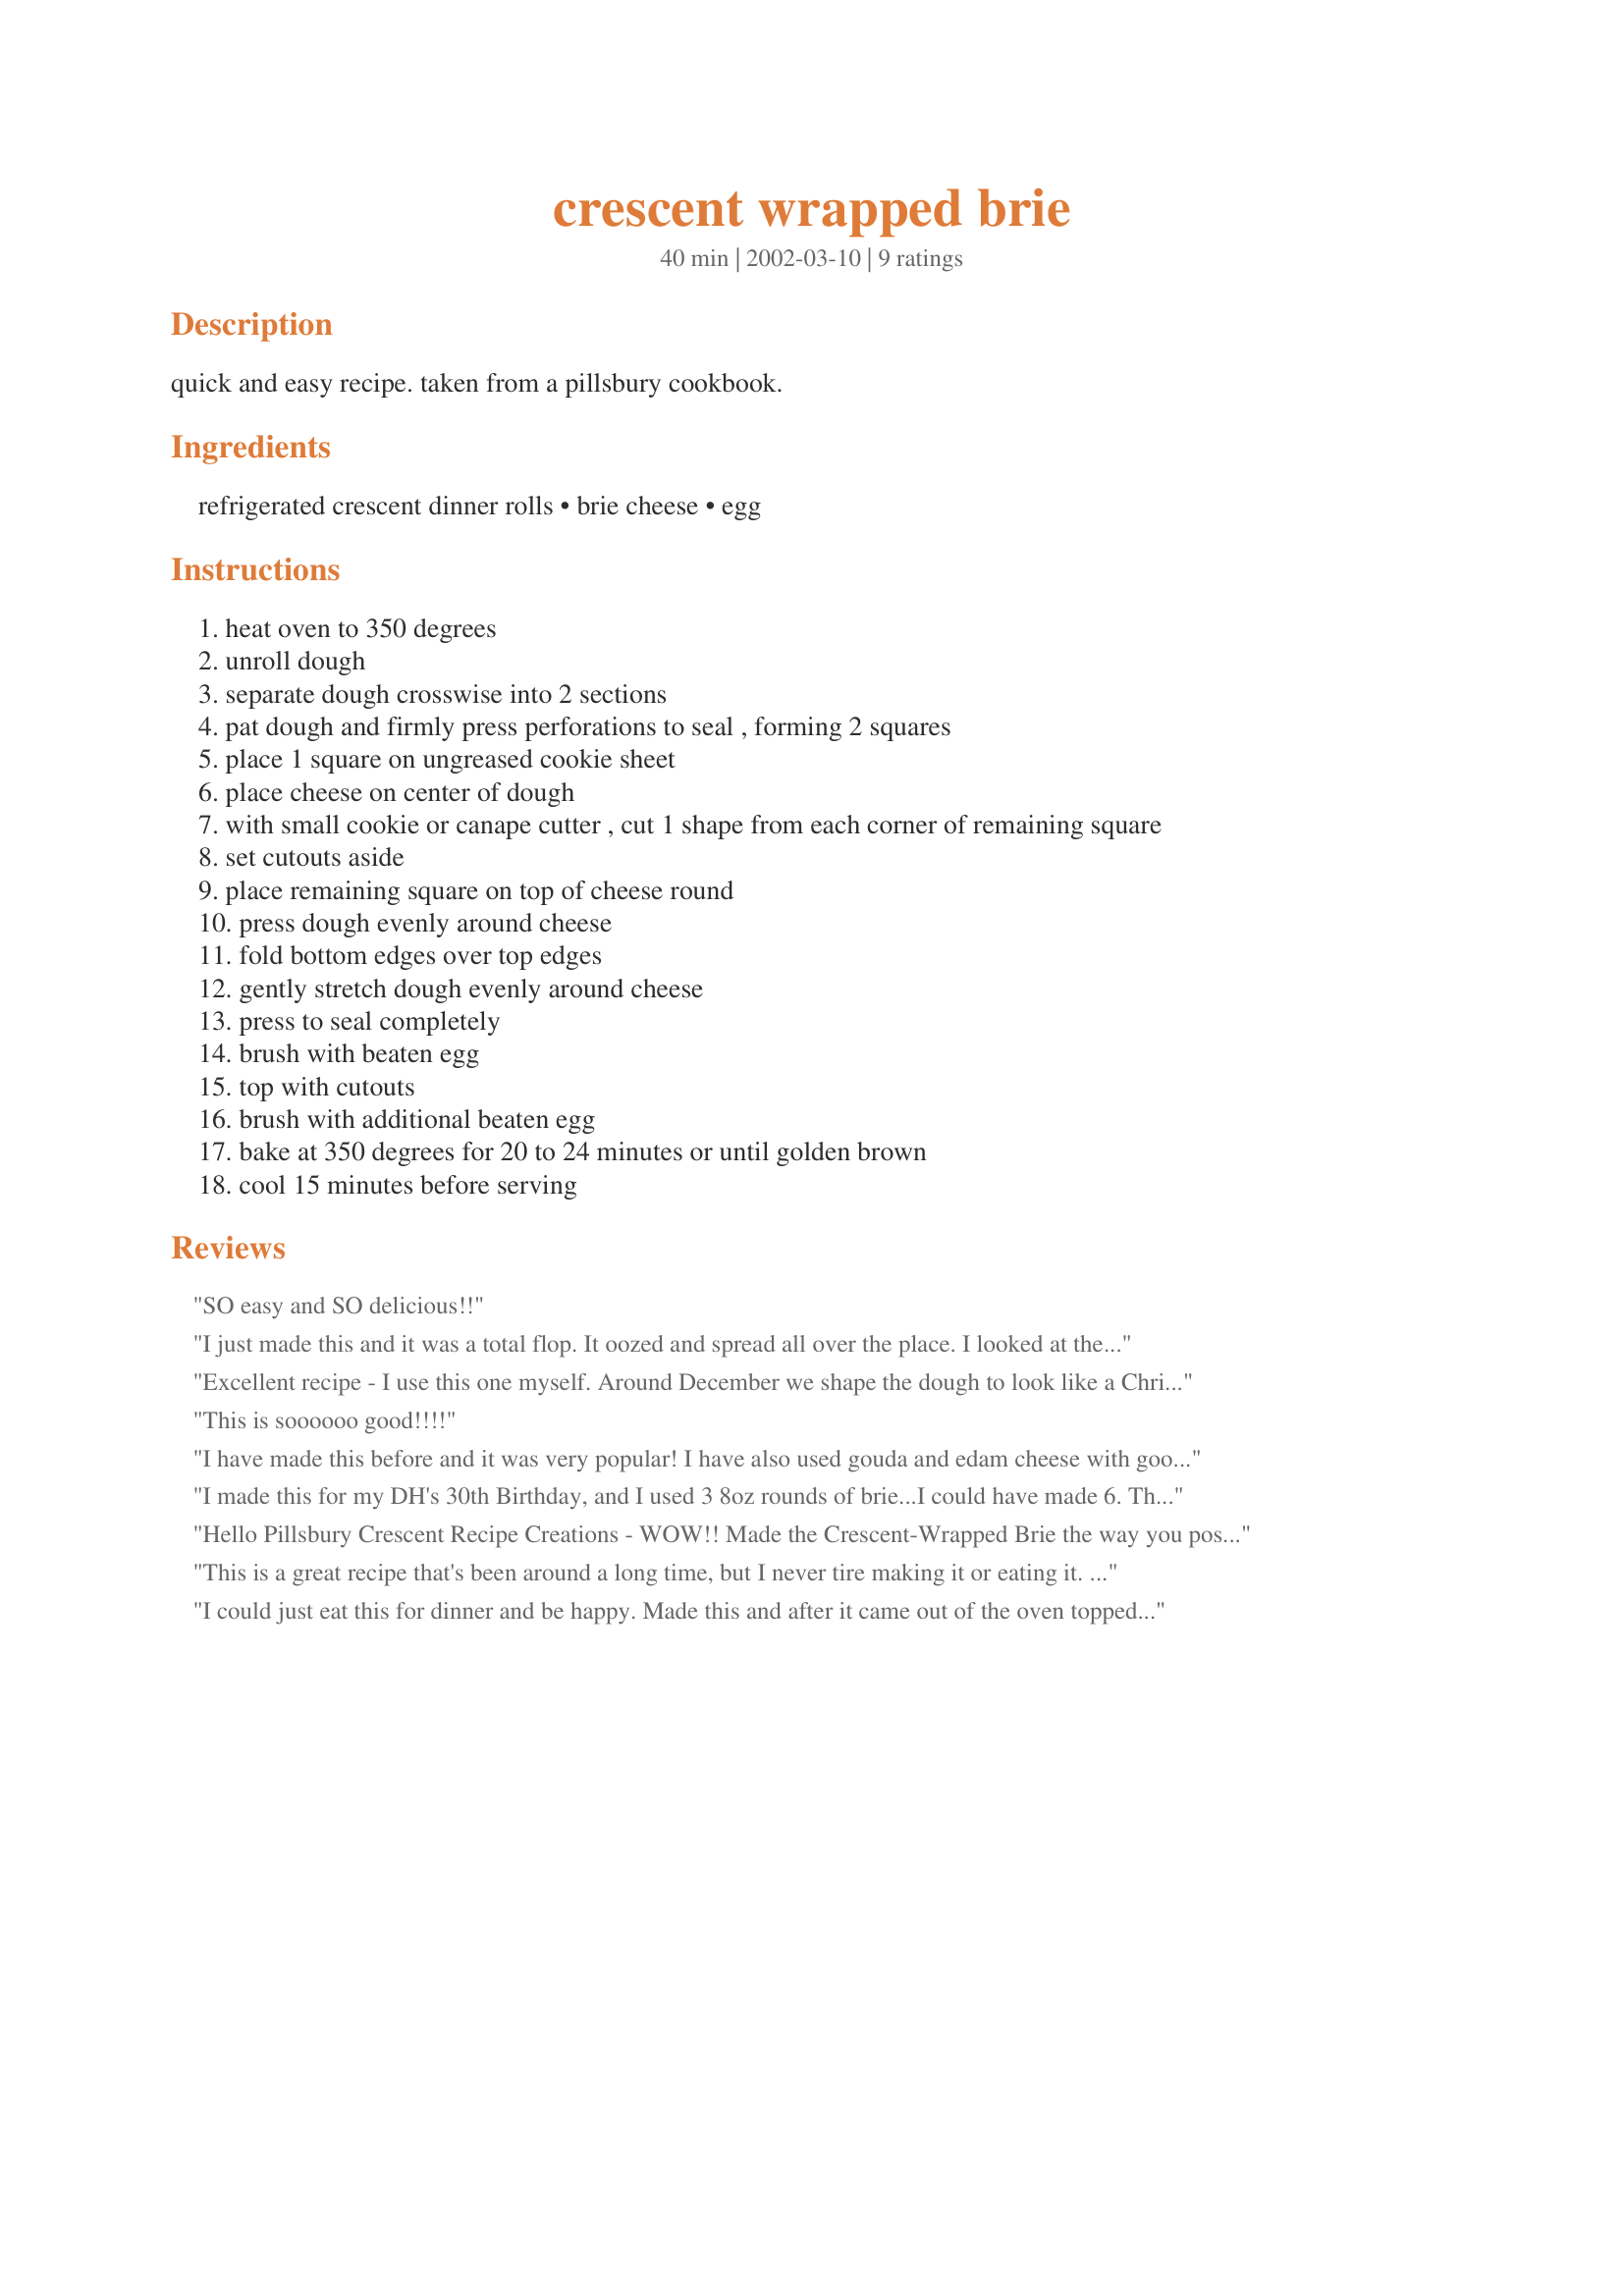
crescent wrapped brie
Preparation time: 40 minutes

quick and easy recipe. taken from a pillsbury cookbook.

Ingredients:
refrigerated crescent dinner rolls, brie cheese, egg

Steps:
heat oven to 350 degrees
unroll dough
separate dough crosswise into 2 sections
pat dough and firmly press perforations to seal , forming 2 squares
place 1 square on ungreased cookie sheet
place cheese on center of dough
with small cookie or canape cutter , cut 1 shape from each corner of remaining square
set cutouts aside
place remaining square on top of cheese round
press dough evenly around cheese
fold bottom edges over top edges
gently stretch dough evenly around cheese
press to seal completely
brush with beaten egg
top with cutouts
brush with additional beaten egg
bake at 350 degrees for 20 to 24 minutes or until golden brown
cool 15 minutes before serving

Reviews:
SO easy and SO delicious!!
I just made this and it was a total flop. It oozed and spread all over the place. I looked at the wrapper of my brie cheese only to see the words "60% brie cheese" in fine print. Make sure you use the 100% real stuff! And make sure your seams are sealed. Will try again...
Excellent recipe - I use this one myself. Around December we shape the dough to look like a Christmas Tree. For the super-bowl shape the brie to look like a football. We server with apples and grapes too. Wonderfully delicious with a nice white wine.
This is soooooo good!!!!
I have made this before and it was very popular! I have also used gouda and edam cheese with good results. (Remember to take off the wax--Just kidding!)
I made this for my DH's 30th Birthday, and I used 3 8oz rounds of brie...I could have made 6. There was about 15-20 people there and they were gobbled up in about 10 minutes. Next time I will make more!!
Hello Pillsbury Crescent Recipe Creations - WOW!! Made the 
Crescent-Wrapped Brie the way you posted & then I had a brainstorm - why not use some Cranberry Chutney (that I received as a gift)! Anyway it turned out nice & creamy & delish with the chutney. I imagine you could use any number of things with it but it was wonderful! Thanks for posting, Diane :)
This is a great recipe that's been around a long time, but I never tire making it or eating it. It's excellent, looks great, and ya gotta luv all that gooey cheese!!
I could just eat this for dinner and be happy. Made this and after it came out of the oven topped it with a blackberry jam. It was so good. Thanks for posting. I'll be making this again.
